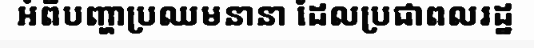
អំពីបញ្ហាប្រឈមនានា ដែលប្រជាពលរដ្ឋ